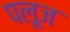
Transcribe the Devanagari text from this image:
पलूज